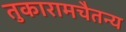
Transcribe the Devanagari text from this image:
तुकारामचैतन्य